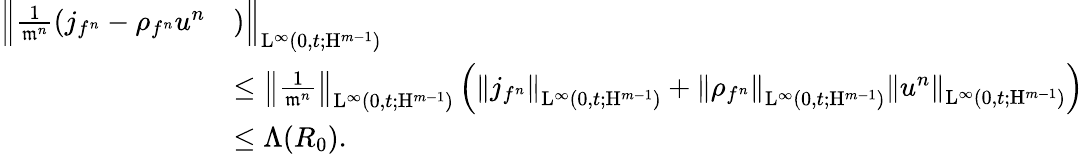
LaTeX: \begin{array}{rl}{\Big\Vert\frac{1}{\mathfrak{m}^{n}}(j_{f^{n}}-\rho_{f^{n}}u^{n}}&{)\Big\Vert_{\mathrm{L}^{\infty}(0,t;\mathrm{H}^{m-1})}}\\ &{\leq\left\Vert\frac{1}{\mathfrak{m}^{n}}\right\Vert_{\mathrm{L}^{\infty}(0,t;\mathrm{H}^{m-1})}\left(\left\Vert j_{f^{n}}\right\Vert_{\mathrm{L}^{\infty}(0,t;\mathrm{H}^{m-1})}+\left\Vert\rho_{f^{n}}\right\Vert_{\mathrm{L}^{\infty}(0,t;\mathrm{H}^{m-1})}\left\Vert u^{n}\right\Vert_{\mathrm{L}^{\infty}(0,t;\mathrm{H}^{m-1})}\right)}\\ &{\leq\Lambda(R_{0}).}\end{array}